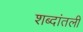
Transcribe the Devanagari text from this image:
शब्दांतली